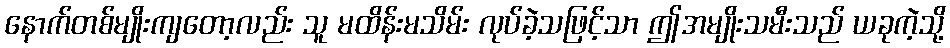
နောက်တစ်မျိုးကျတော့လည်း သူ မထိန်းမသိမ်း လုပ်ခဲ့သဖြင့်သာ ဤအမျိုးသမီးသည် ယခုကဲ့သို့